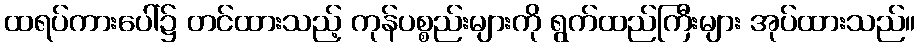
ထရပ်ကားပေါ်၌ တင်ထားသည့် ကုန်ပစ္စည်းများကို ရွက်ထည်ကြီးများ အုပ်ထားသည်။